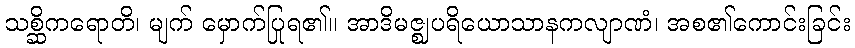
သစ္ဆိကရောတိ၊ မျက် မှောက်ပြုရ၏။ အာဒိမဇ္ဈပရိယောသာနကလျာဏံ၊ အစ၏ကောင်းခြင်း